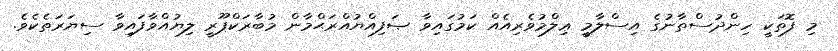
މި ފޮތަކީ ހިންދުސްތާނުގެ އިސްލާމީ ޢިލްމުވެރިއެއް ކަމުގައިވާ ޞަފިއްޔުއްރަޙްމާން މުބާރަކްޕޫރީ ލިޔުއްވާފައިވާ ސިޔަރަތެކެވެ.